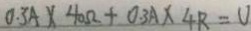
0 . 3 A \times 4 0 \Omega + 0 . 3 A \times 4 R = U